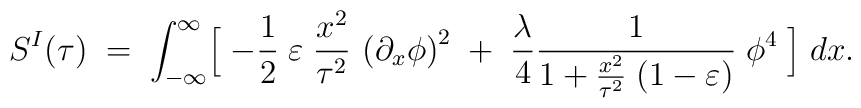
S^I(\tau)\;=\;\int^{\infty}_{-\infty}\Bigl[\;-{1\over2}\;\varepsilon\;{x^2\over \tau^2}\,\left({\partial_{x}\phi}\right)^2\;+\;{\lambda\over4}{1\over{1+{x^2\over \tau^2}\;(1-\varepsilon)}} \;\phi^4\;\Bigr]\;dx.